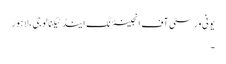
یونی ورسٹی آف انجینئرنگ اینڈ ٹیکنالوجی ، لاہور
۔